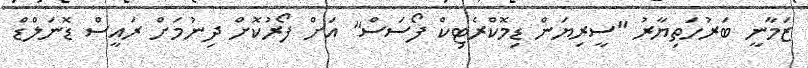
ޒަމާނީ ބަރުހަތިޔާރު "ސީރިޔަން ޑިމޮކްރެޓިކް ފޯސަސް" އަށް ފޯރުކޮށް ދިނުމަށް ރައީސް ޑޮނަލްޑް